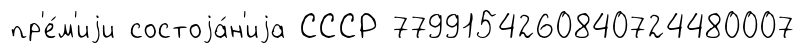
пр'е́м'иjи состоjа́н'иjа СССР 7799154260840724480007